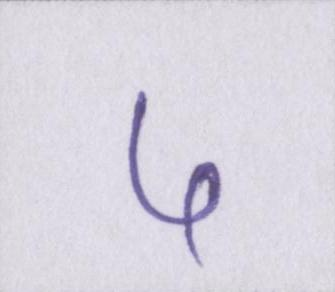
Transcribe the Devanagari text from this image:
५